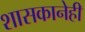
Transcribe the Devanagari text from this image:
शासकानेही